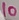
Text: 10